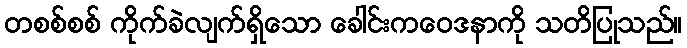
တစစ်စစ် ကိုက်ခဲလျက်ရှိသော ခေါင်းကဝေဒနာကို သတိပြုသည်။